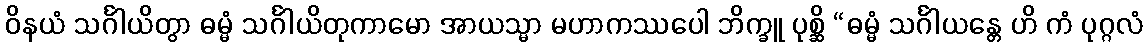
ဝိနယံ သင်္ဂါယိတွာ ဓမ္မံ သင်္ဂါယိတုကာမော အာယသ္မာ မဟာကဿပေါ ဘိက္ခူ ပုစ္ဆိ “ဓမ္မံ သင်္ဂါယန္တေ ဟိ ကံ ပုဂ္ဂလံ